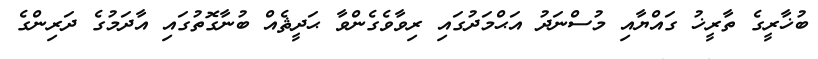
ބުޚާރީގެ ތާރީޚު ގައްޔާއި މުސްނަދު އަޙްމަދުގައި ރިވާވެގެންވާ ޙަދީޘެއް ބުނާގޮތުގައި އާދަމުގެ ދަރިންގެ